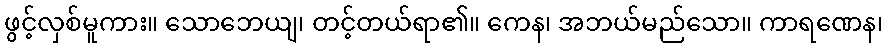
ဖွင့်လှစ်မူကား။ သောဘေယျ၊ တင့်တယ်ရာ၏။ ကေန၊ အဘယ်မည်သော။ ကာရဏေန၊